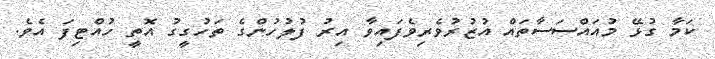
ކަމާ ގުޅޭ މުއައްސަސާތައް އުޒުރުވެރިވެފައިވާ އިރު ފުލުހުންގެ ތަހުގީގު އޮތީ ހުއްޓިފަ އެވެ.